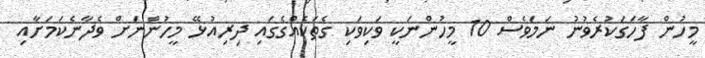
މީހުން ފާހަގަކުރެވުނު ނަމަވެސް 10 މީހުންނަކީ ވަކިވަކި ގެތަކެއްގެގައި ދިރިއުޅޭ މީހުންނަށް ވެދާނެކަމަށާއި